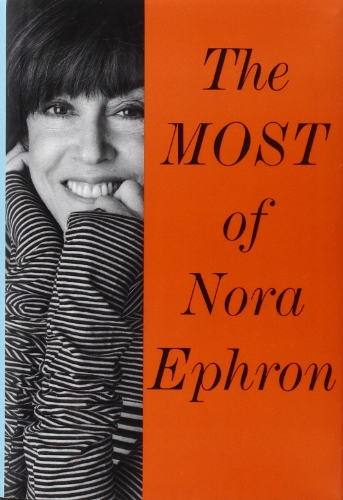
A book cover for The Most of Nora Ephron; Nora Ephron; Humor & Entertainment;